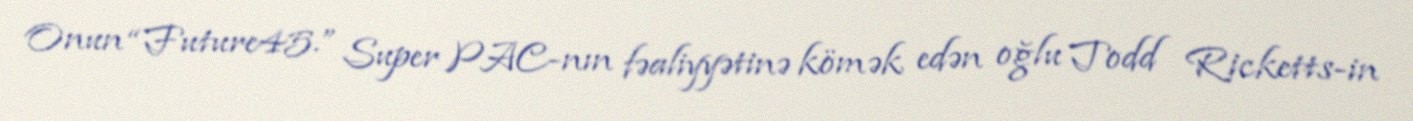
Onun “Future45.” Super PAC-nın fəaliyyətinə kömək edən oğlu Todd Ricketts-in